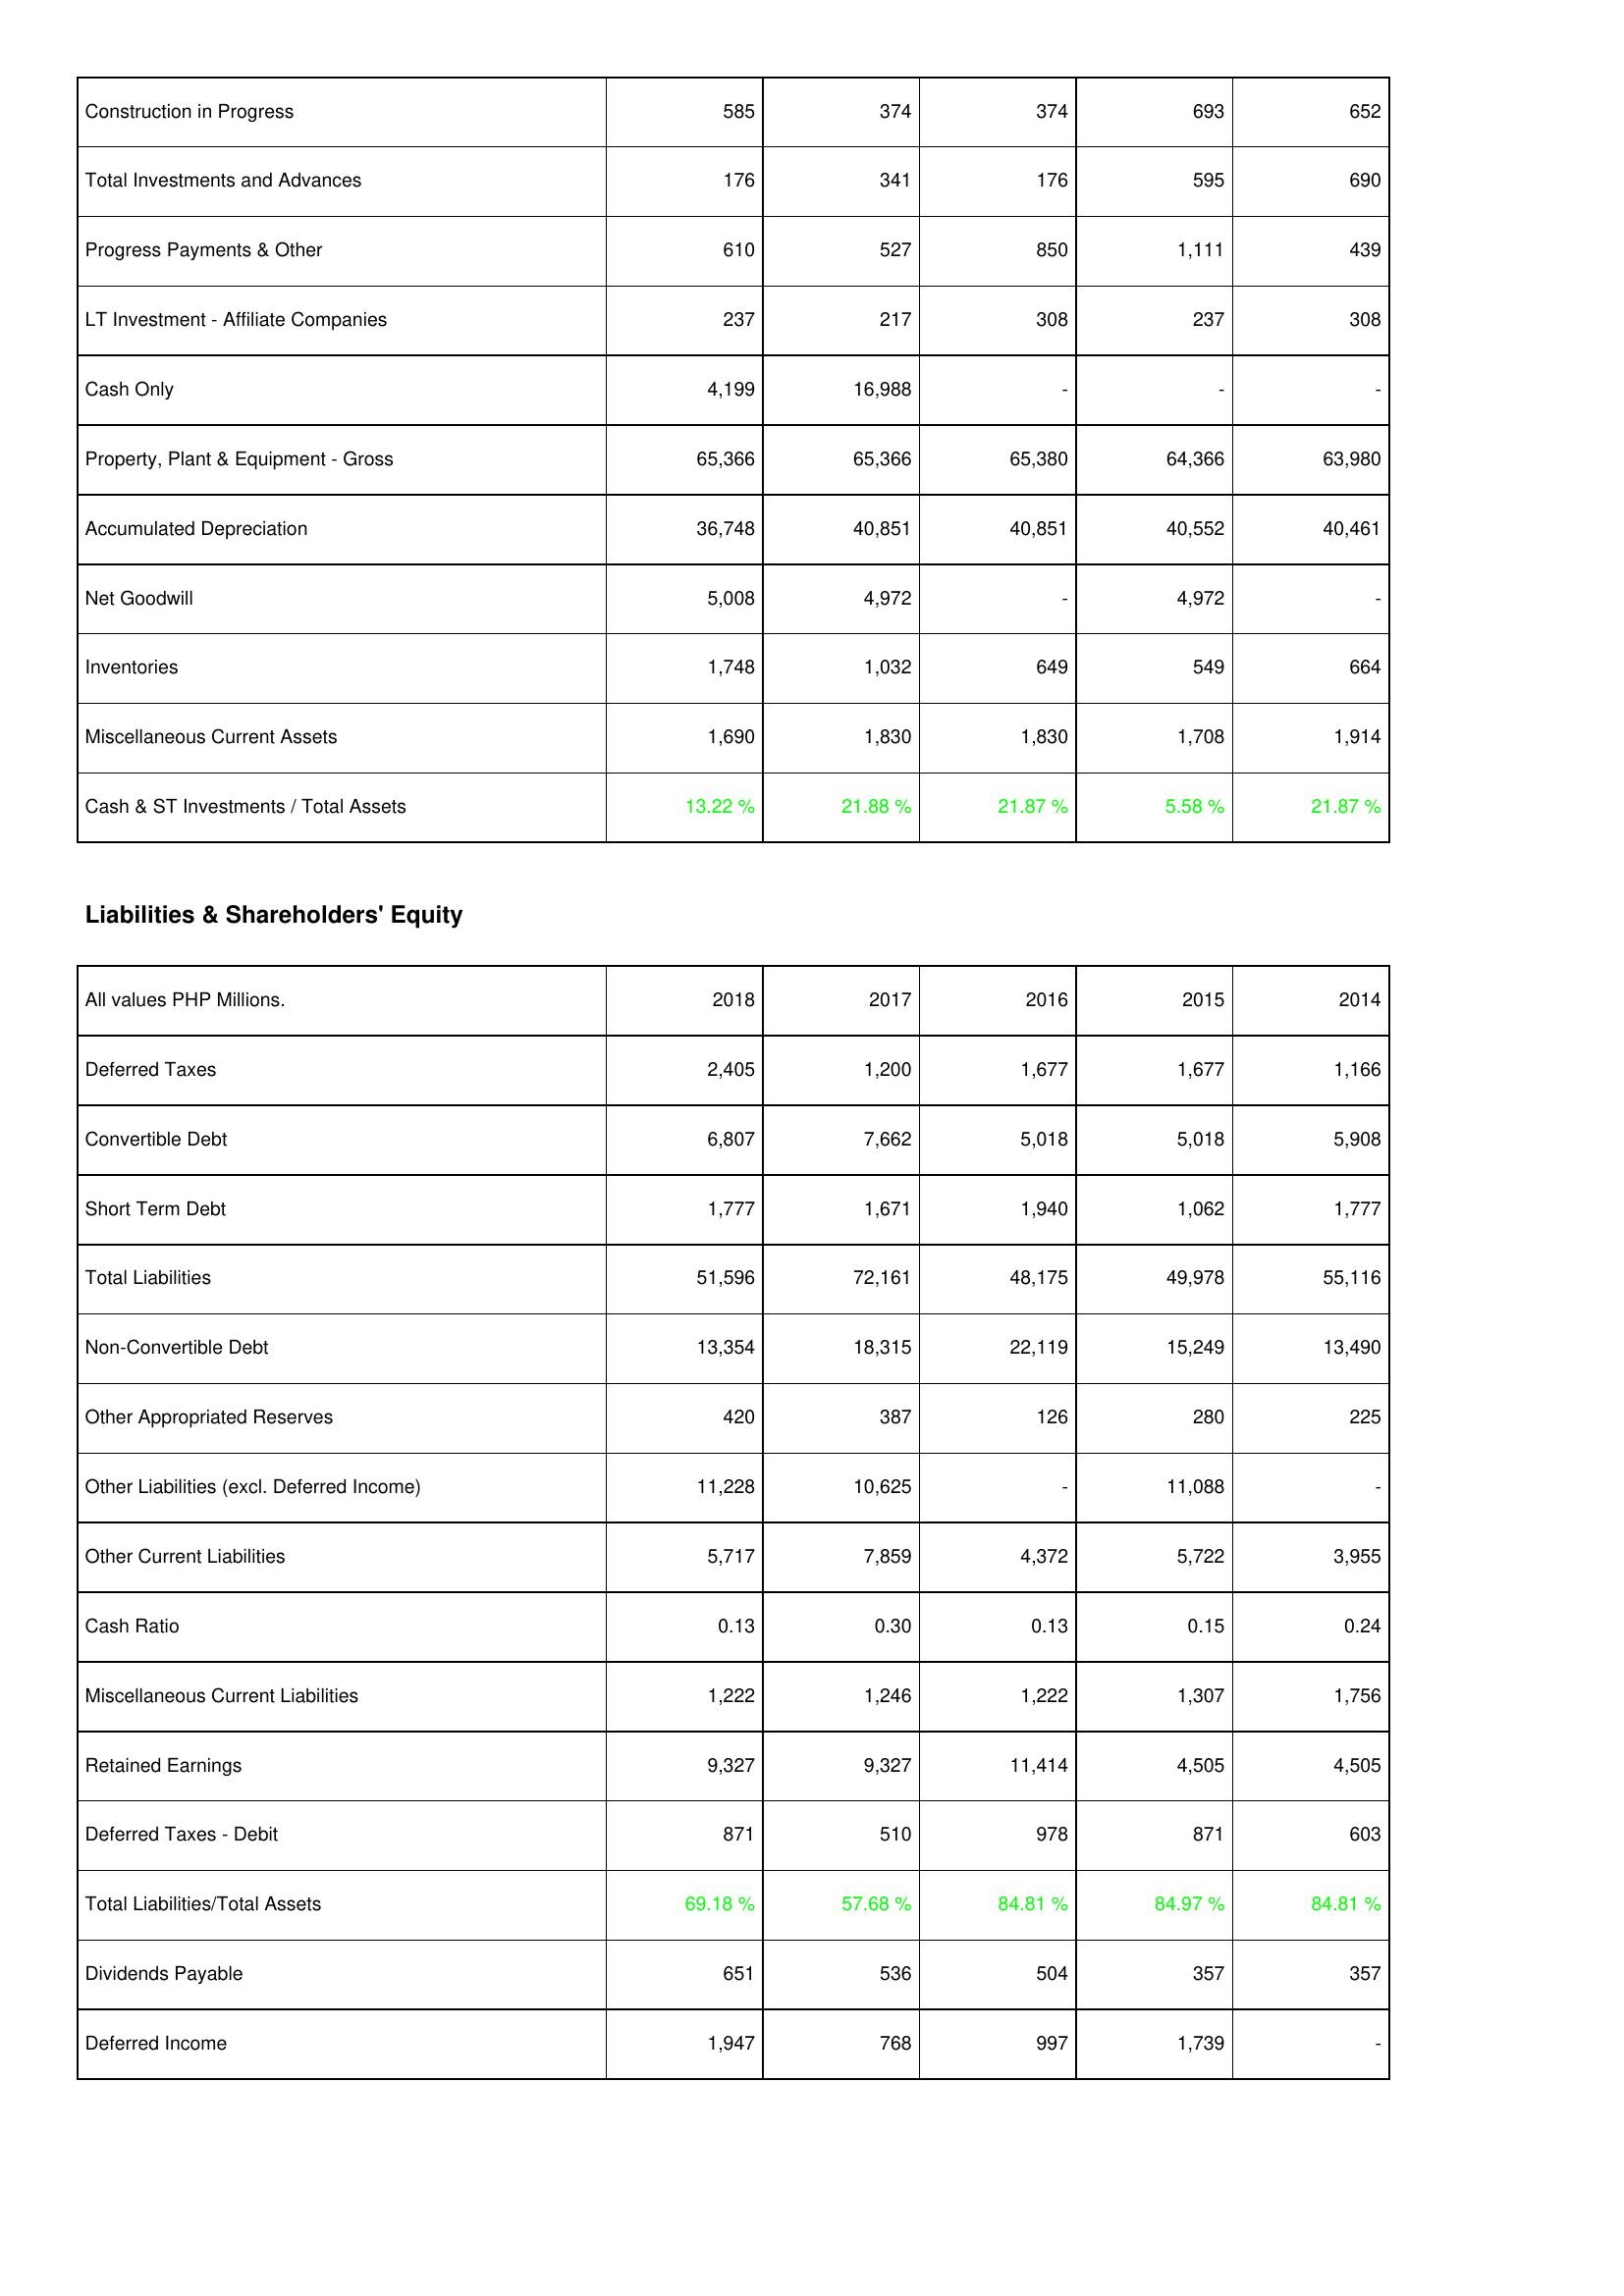
2018: Assets: Construction in Progress: 585
Total Investments and Advances: 176
Progress Payments & Other: 610
LT Investment - Affiliate Companies: 237
Cash Only: 4,199
Property, Plant & Equipment - Gross: 65,366
Accumulated Depreciation: 36,748
Net Goodwill: 5,008
Inventories: 1,748
Miscellaneous Current Assets: 1,690
Cash & ST Investments / Total Assets: 13.22 %
Liabilities & Shareholders' Equity: Deferred Taxes: 2,405
Convertible Debt: 6,807
Short Term Debt: 1,777
Total Liabilities: 51,596
Non-Convertible Debt: 13,354
Other Appropriated Reserves: 420
Other Liabilities (excl. Deferred Income): 11,228
Other Current Liabilities: 5,717
Cash Ratio: 0.13
Miscellaneous Current Liabilities: 1,222
Retained Earnings: 9,327
Deferred Taxes - Debit: 871
Total Liabilities/Total Assets: 69.18 %
Dividends Payable: 651
Deferred Income: 1,947
2017: Assets: Construction in Progress: 374
Total Investments and Advances: 341
Progress Payments & Other: 527
LT Investment - Affiliate Companies: 217
Cash Only: 16,988
Property, Plant & Equipment - Gross: 65,366
Accumulated Depreciation: 40,851
Net Goodwill: 4,972
Inventories: 1,032
Miscellaneous Current Assets: 1,830
Cash & ST Investments / Total Assets: 21.88 %
Liabilities & Shareholders' Equity: Deferred Taxes: 1,200
Convertible Debt: 7,662
Short Term Debt: 1,671
Total Liabilities: 72,161
Non-Convertible Debt: 18,315
Other Appropriated Reserves: 387
Other Liabilities (excl. Deferred Income): 10,625
Other Current Liabilities: 7,859
Cash Ratio: 0.30
Miscellaneous Current Liabilities: 1,246
Retained Earnings: 9,327
Deferred Taxes - Debit: 510
Total Liabilities/Total Assets: 57.68 %
Dividends Payable: 536
Deferred Income: 768
2016: Assets: Construction in Progress: 374
Total Investments and Advances: 176
Progress Payments & Other: 850
LT Investment - Affiliate Companies: 308
Cash Only: -
Property, Plant & Equipment - Gross: 65,380
Accumulated Depreciation: 40,851
Net Goodwill: -
Inventories: 649
Miscellaneous Current Assets: 1,830
Cash & ST Investments / Total Assets: 21.87 %
Liabilities & Shareholders' Equity: Deferred Taxes: 1,677
Convertible Debt: 5,018
Short Term Debt: 1,940
Total Liabilities: 48,175
Non-Convertible Debt: 22,119
Other Appropriated Reserves: 126
Other Liabilities (excl. Deferred Income): -
Other Current Liabilities: 4,372
Cash Ratio: 0.13
Miscellaneous Current Liabilities: 1,222
Retained Earnings: 11,414
Deferred Taxes - Debit: 978
Total Liabilities/Total Assets: 84.81 %
Dividends Payable: 504
Deferred Income: 997
2015: Assets: Construction in Progress: 693
Total Investments and Advances: 595
Progress Payments & Other: 1,111
LT Investment - Affiliate Companies: 237
Cash Only: -
Property, Plant & Equipment - Gross: 64,366
Accumulated Depreciation: 40,552
Net Goodwill: 4,972
Inventories: 549
Miscellaneous Current Assets: 1,708
Cash & ST Investments / Total Assets: 5.58 %
Liabilities & Shareholders' Equity: Deferred Taxes: 1,677
Convertible Debt: 5,018
Short Term Debt: 1,062
Total Liabilities: 49,978
Non-Convertible Debt: 15,249
Other Appropriated Reserves: 280
Other Liabilities (excl. Deferred Income): 11,088
Other Current Liabilities: 5,722
Cash Ratio: 0.15
Miscellaneous Current Liabilities: 1,307
Retained Earnings: 4,505
Deferred Taxes - Debit: 871
Total Liabilities/Total Assets: 84.97 %
Dividends Payable: 357
Deferred Income: 1,739
2014: Assets: Construction in Progress: 652
Total Investments and Advances: 690
Progress Payments & Other: 439
LT Investment - Affiliate Companies: 308
Cash Only: -
Property, Plant & Equipment - Gross: 63,980
Accumulated Depreciation: 40,461
Net Goodwill: -
Inventories: 664
Miscellaneous Current Assets: 1,914
Cash & ST Investments / Total Assets: 21.87 %
Liabilities & Shareholders' Equity: Deferred Taxes: 1,166
Convertible Debt: 5,908
Short Term Debt: 1,777
Total Liabilities: 55,116
Non-Convertible Debt: 13,490
Other Appropriated Reserves: 225
Other Liabilities (excl. Deferred Income): -
Other Current Liabilities: 3,955
Cash Ratio: 0.24
Miscellaneous Current Liabilities: 1,756
Retained Earnings: 4,505
Deferred Taxes - Debit: 603
Total Liabilities/Total Assets: 84.81 %
Dividends Payable: 357
Deferred Income: -